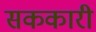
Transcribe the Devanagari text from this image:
सककारी